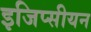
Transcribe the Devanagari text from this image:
इजिप्सीयन